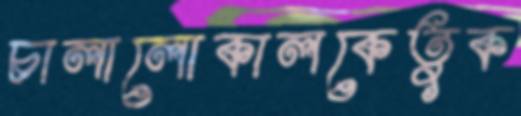
চালালোকালকেতুক